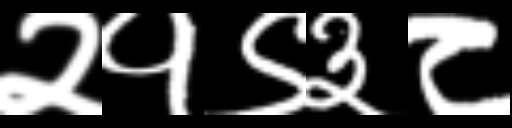
Text: २१९३८